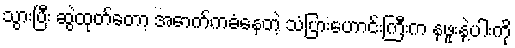
သွားပြီး ဆွဲထုတ်တော့ အောက်ကခံနေတဲ့ သံပြားဟောင်းကြီးက နဖူးနဲ့ပါးကို